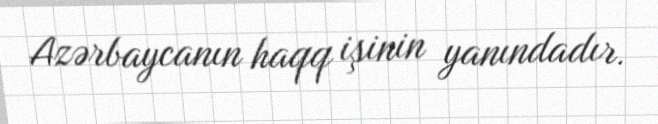
Azərbaycanın haqq işinin yanındadır.